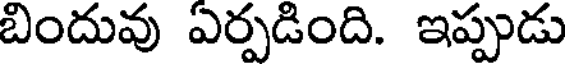
బిందువు ఏర్పడింది. ఇప్పుడు